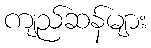
ကျည်ဆန်များ